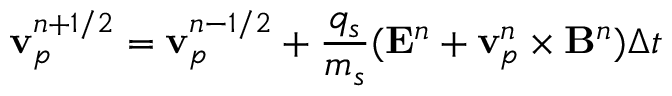
{ \bf { v } } _ { p } ^ { n + 1 / 2 } = { \bf { v } } _ { p } ^ { n - 1 / 2 } + \frac { q _ { s } } { m _ { s } } ( { \bf { E } } ^ { n } + { \bf { v } } _ { p } ^ { n } \times { \bf { B } } ^ { n } ) \Delta t